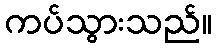
ကပ်သွားသည်။